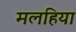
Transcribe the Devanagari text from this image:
मलहिया